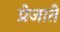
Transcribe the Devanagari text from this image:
प्रेजाते